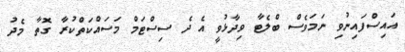
އައިސްފައިނުވި ނަމަވެސް ބްލެޓާ ވިދާޅުވީ އެ ދެ ސިސްޓަމް މަސައްކަތްކުރާ ގޮތާ މެދު